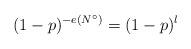
LaTeX: \begin{align*}(1-p)^{-e (N^{\circ })} = (1-p)^{l}\end{align*}